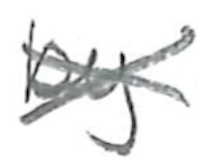
Text: by
Cross-out: cross
Writing tool: pencil